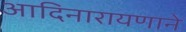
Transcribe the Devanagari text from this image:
आदिनारायणाने